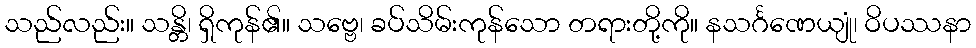
သည်လည်း။ သန္တိ၊ ရှိကုန်၏။ သဗ္ဗေ၊ ခပ်သိမ်းကုန်သော တရားတို့ကို။ နသင်္ဂဏေယျုံ၊ ဝိပဿနာ